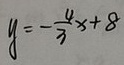
y = - \frac { 4 } { 3 } x + 8